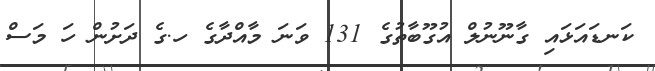
ކަނޑައަޅައި ގާނޫނުލް އުގޫބާތުގެ 131 ވަނަ މާއްދާގެ ހ.ގެ ދަށުން ހަ މަސް